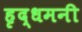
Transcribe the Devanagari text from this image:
हृद्‌धमनी